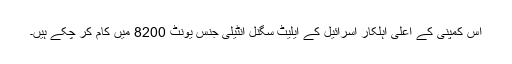
اس کمپنی کے اعلیٰ اہلکار اسرائیل کے ایلیٹ سگنل انٹیلی جنس یونٹ 8200 میں کام کر چکے ہیں۔